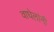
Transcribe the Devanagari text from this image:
वाघेलांनी